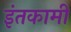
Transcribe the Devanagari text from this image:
इंतकामी